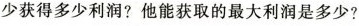
少获得多少利润?他能获取的最大利润是多少?